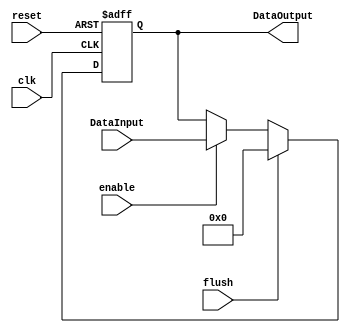
/******************************************************************
* Description
*	This the basic register that is used in the register file
*	1.0
* Author:
*	Dr. Jos Luis Pizano Escalante
* email:
*	luispizano@iteso.mx
* Date:
*	01/03/2014
******************************************************************/
module PipeRegister
#(
	parameter N=32
)
(
	input clk,
	input reset,
	input enable,
	input flush,
	input  [N-1:0] DataInput,
	
	
	output reg [N-1:0] DataOutput
);

always@(negedge reset or posedge clk) begin // Para que escriba en flanco de subida
	if(reset==0)
		DataOutput <= 0;
	else if(flush == 1)
		DataOutput <= 0;
	else	
		if(enable==1)
			DataOutput<=DataInput;
end

endmodule